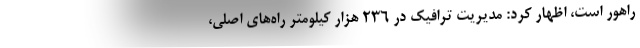
راهور است، اظهار کرد: مدیریت ترافیک در 236 هزار کیلومتر راه‌های اصلی،